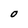
Character: O